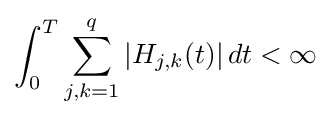
\int _{0}^{T}\sum _{j,k=1}^{q}|H_{j,k}(t)|\,dt<\infty